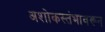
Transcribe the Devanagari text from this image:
अशोकस्तंभावरून